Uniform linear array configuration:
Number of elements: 4
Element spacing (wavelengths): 1
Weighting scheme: exponential
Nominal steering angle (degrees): -15
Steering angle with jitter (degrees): -15.524
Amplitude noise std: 0.05
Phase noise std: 0.05

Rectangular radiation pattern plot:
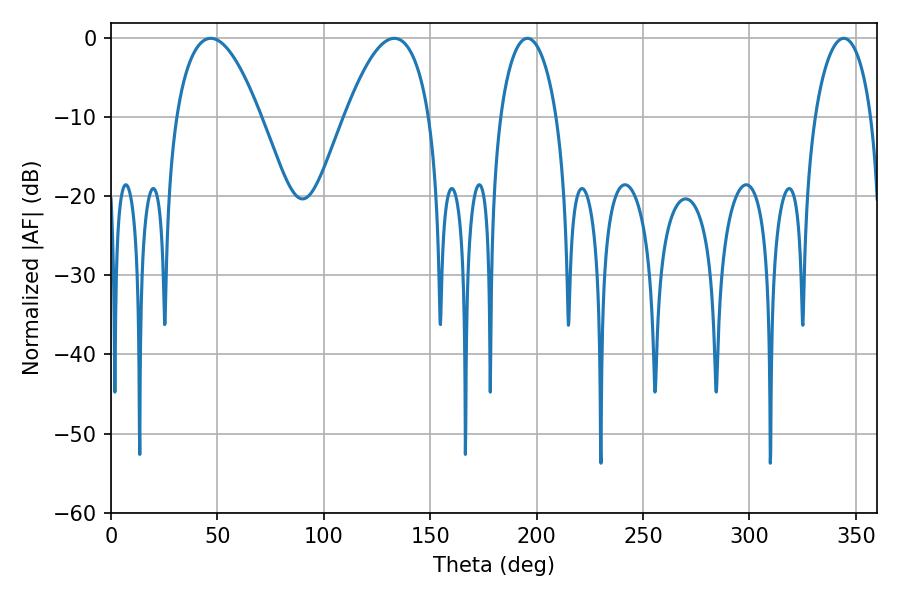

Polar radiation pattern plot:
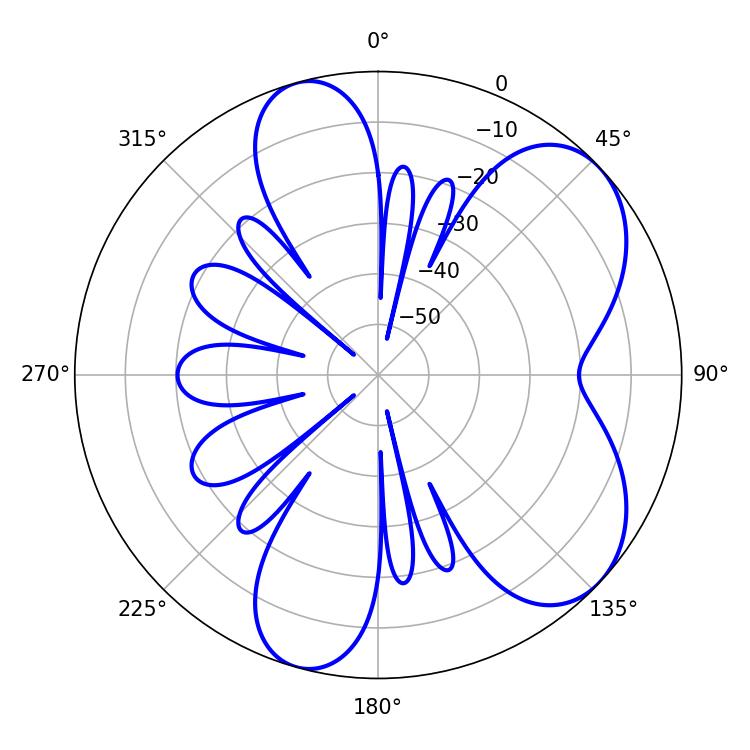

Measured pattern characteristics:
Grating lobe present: TRUE
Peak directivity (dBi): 6.418
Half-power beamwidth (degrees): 15.12
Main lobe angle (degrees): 195.66